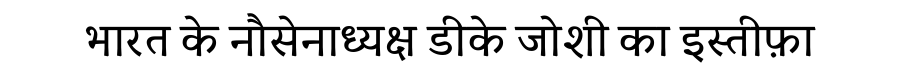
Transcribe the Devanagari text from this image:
भारत के नौसेनाध्यक्ष डीके जोशी का इस्तीफ़ा